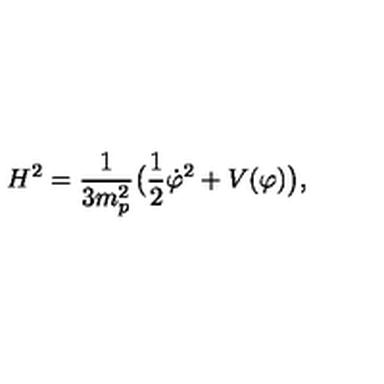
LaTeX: H ^ { 2 } = { \frac { 1 } { 3 m _ { p } ^ { 2 } } } \bigl ( { \frac { 1 } { 2 } } { \dot { \varphi } } ^ { 2 } + V ( \varphi ) \bigr ) ,